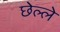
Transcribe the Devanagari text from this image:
छेल्ले